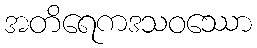
အတိရေကဒသဝဿော